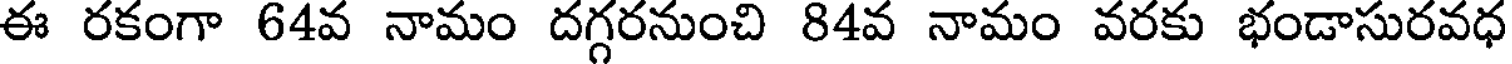
ఈ రకంగా 64వ నామం దగ్గరనుంచి 84వ నామం వరకు భండాసురవధ